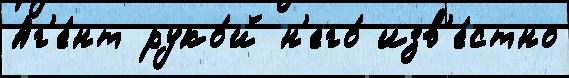
Аг'е́нт руко́й н'его́ изв'е́стно